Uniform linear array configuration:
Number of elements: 4
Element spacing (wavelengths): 0.75
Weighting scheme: cosine
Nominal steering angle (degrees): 0
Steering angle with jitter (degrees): -0.6577
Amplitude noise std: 0.05
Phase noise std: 0.05

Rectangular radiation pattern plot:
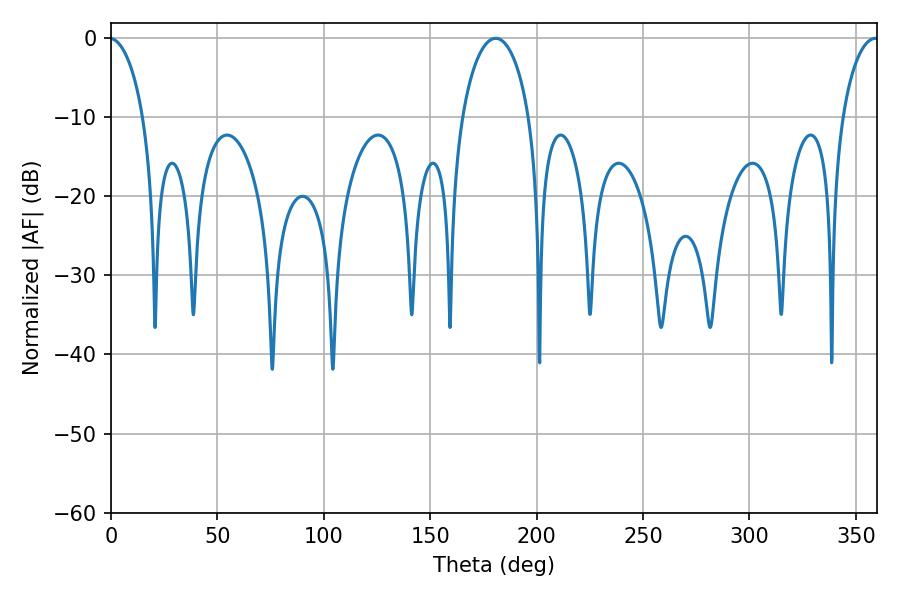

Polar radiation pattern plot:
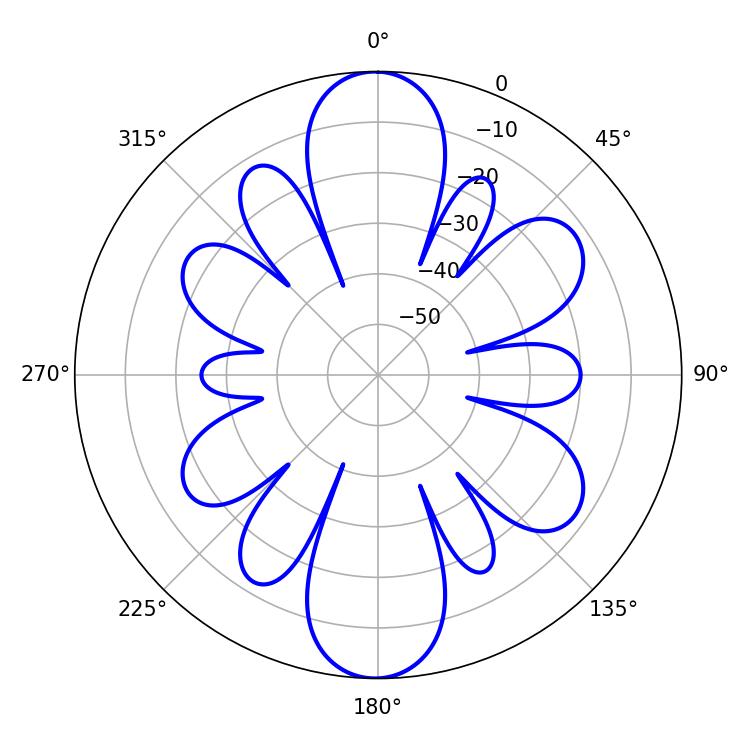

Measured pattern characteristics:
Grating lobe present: TRUE
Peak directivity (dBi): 28.291
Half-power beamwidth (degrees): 18
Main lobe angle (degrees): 180.72